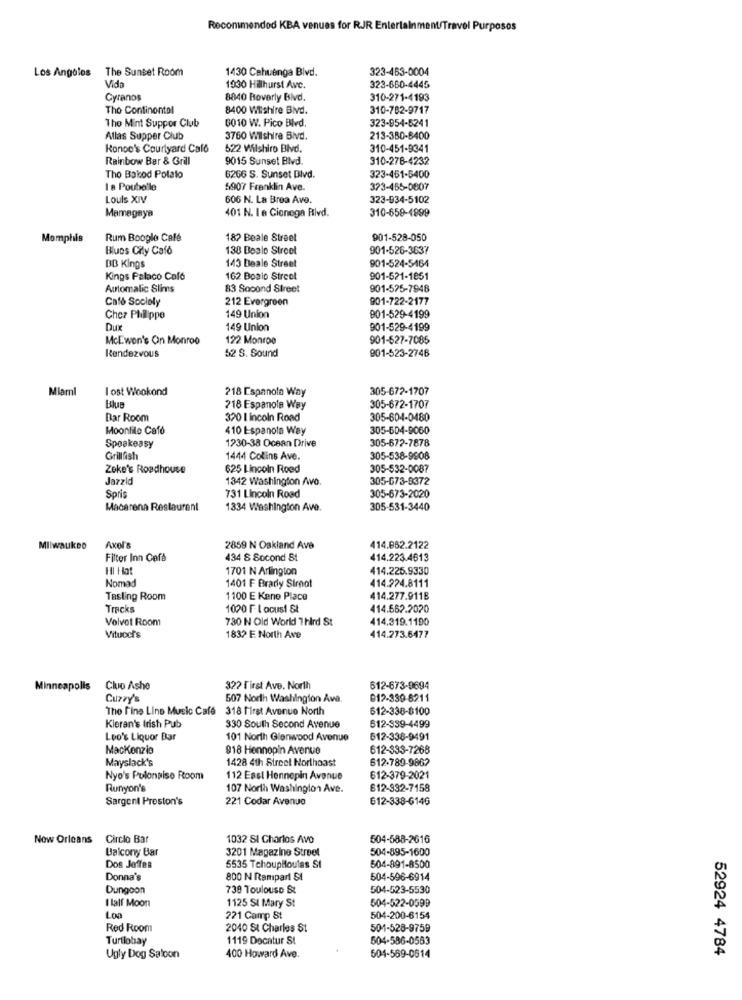
Recommended KBA venues for RJR Entertainment/Travel Purposes
Los Angeles The Sunset Room
1430 Cahuenga Blvd.
323-483-0004
Vida
1930 Hillhurst Avc.
323-660-4445
Cyranos
8840 Beverly Blvd.
310-271-4193
Tho Continental
8400 Wilshire Blvd.
310-782-9717
6010 W. Pico Blvd.
323-954-5241
The Mint Supper Club
Allas Supper Club
3760 Wilshire Blvd.
213-380-8400
Ronoc's Courtyard Cal6
522 Wilshire Blvd.
310-451-9341
Rainbow Bar & Grill
9015 Sunset Blvd.
310-278-4232
Tho Baked Potato
6266 S. Sunset Blvd.
323-461-5400
I a Poubelle
5907 Franklin Ave.
373-465-0807
Louis XIV
606 N. La Brea Ave.
323-934-5102
401 N. I e Cionega Rlvd.
310-659-4899
Mamagnya
Momphis
Rum Boogle Café
182 Beale Street
901-528-050
Blues Cily Cafó
138 Boalo Street
901-526-3637
DB Kings
901-524-5464
143 beale Street
Kings Palaco Cafe
162 Boalo Street
901-521-1851
Automalic Slims
83 Sooond Street
901-525-7948
Café Society
212 Evergreen
901-722-2177
Chez Philippe
149 Union
901-529-4199
Dux
149 Union
901-529-4199
McEwon's On Monroo
122 Monroe
901-627-7085
52 S. Sound
901-523-2746
Rendezvous
Miam
I ost Wookond
218 Espanola Way
305-672-1707
Blue
218 Espanola Way
305-672-1707
Bar Room
320 I incoln Road
305-604-0480
Moonlilo Cafó
410 Espanola Way
305-604-9060
Speakeasy
305-672-7878
1230-38 Ocean Drive
Grillfish
1444 Collins Ave.
305-538-9808
Zeke's Roadhouse
625 Lincoln Roed
305-532-0087
Jazzid
1342 Washington Avo.
305-673-8372
Sori
731 Lincoln Road
305-673-2020
Macarena Restaurant
1334 Washington Ave.
305-531-3440
Milwaukee
Axel's
2859 N Oakland Ave
414.862.2122
Filter Inn Café
434 S Second St
414.223.4613
HI Hat
1701 N Arlington
414.225.9330
Nomad
1401 F Brady Sirot
414.224.8111
Tasting Room
1100 E Kane Place
414.277.911B
Tracks
1020 F locust &t
414.562.2020
Volvot Room
730 N Old World Third St
414.319.1190
Vituoch's
1832 E North Ave
414.273.6477
Minneapolis
Clue Ashe
322 First Ave. North
612-673-9694
Cuzzy's
507 North Washington Av.
012-339-8211
The Fins Line Music Cafe
318 first Avenue North
612-338-8100
Kieran's Irish Pub
330 South Second Avenue
612-339-4499
Leo's Liquor Bar
101 North Glenwood Avenue
612-338-9491
Mackenzie
818 Hennepin Avenue
612-333-7268
Mayslack's
1428 4th Street Northeast
612-789-9862
Nyo's Polonaise Room
112 East Hennepin Avenue
612-379-2021
Runyon's
107 North Washington Ave.
612-332-7158
Sargent Preston's
221 Codar Avenue
612-338-614G
Now Orleans Circle Bar
1032 SI Charlos Avo
504-588-2616
Balcony Bar
3201 Magazine Street
504-895-1600
Dos Joffes
5535 Tchoupiloulas St
504-891-8500
Donna's
800 N Rampart SI
504-596-6914
Dungoon
739 Toulouse &
504-523-5530
I lalf Moon
1125 SI Mary St
504-522-0599
Loa
221 Camp S
504-200-6154
Red Room
2040 St Charles St
501-528-9759
Turilohay
1119 Docatur St
504-586-0563
52924 4784
Ugly Dog Salcon
400 Howard Ave.
504-569-0614